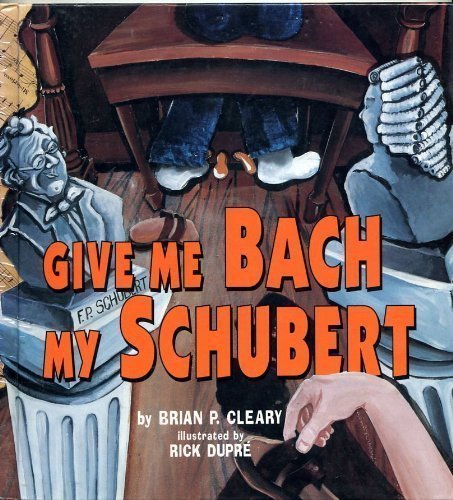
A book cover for Give Me Bach My Schubert (It Could Be Verse); Brian P. Cleary; Humor & Entertainment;